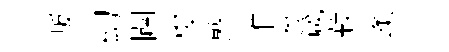
叛幻闢梭翦堆葱箴菽蓬